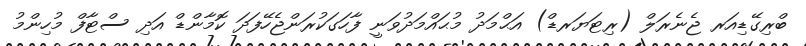
ބްރިގޭޑިއަރ ޖެނެރަލް (ރިޓަޔަރޑް) އަޙްމަދު މުޙައްމަދުވަނީ ފާހަގަކުރަންޖެހޭފަދަ ކޮމާންޑް އަދި ސްޓާފް މުހިންމު